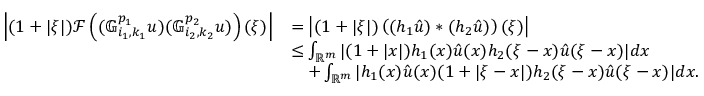
\begin{array} { r l } { \left| ( 1 + | \xi | ) \mathcal { F } \left( ( \mathbb { G } _ { i _ { 1 } , k _ { 1 } } ^ { p _ { 1 } } u ) ( \mathbb { G } _ { i _ { 2 } , k _ { 2 } } ^ { p _ { 2 } } u ) \right) ( \xi ) \right| } & { = \left| ( 1 + | \xi | ) \left( ( h _ { 1 } \hat { u } ) * ( h _ { 2 } \hat { u } ) \right) ( \xi ) \right| } \\ & { \le \int _ { \mathbb { R } ^ { m } } | ( 1 + | x | ) h _ { 1 } ( x ) \hat { u } ( x ) h _ { 2 } ( \xi - x ) \hat { u } ( \xi - x ) | d x } \\ & { \quad + \int _ { \mathbb { R } ^ { m } } | h _ { 1 } ( x ) \hat { u } ( x ) ( 1 + | \xi - x | ) h _ { 2 } ( \xi - x ) \hat { u } ( \xi - x ) | d x . } \end{array}